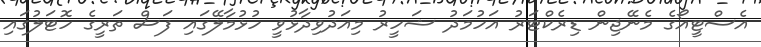
އެސްޓީއޯގެ މެނޭޖިން ޑިރެކްޓަރު އަހުމަދު ޝަހީރު މިއަދުވިދާޅުވީ ހުޅުމާލޭގައި ފަސް ތަރީގެ ހޮޓަލުގައި